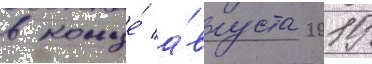
в конце́ а́вгуста 2019